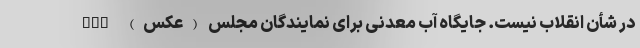
در شأن انقلاب نیست. جایگاه آب معدنی برای نمایندگان مجلس (عکس) nan